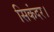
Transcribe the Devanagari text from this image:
सिकंदर।